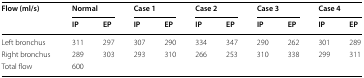
<table><thead><tr><td rowspan="2"><b>Flow (ml/s)</b></td><td colspan="2"><b>Normal</b></td><td colspan="2"><b>Case 1</b></td><td colspan="2"><b>Case 2</b></td><td colspan="2"><b>Case 3</b></td><td colspan="2"><b>Case 4</b></td></tr><tr><td><b>IP</b></td><td><b>EP</b></td><td><b>IP</b></td><td><b>EP</b></td><td><b>IP</b></td><td><b>EP</b></td><td><b>IP</b></td><td><b>EP</b></td><td><b>IP</b></td><td><b>EP</b></td></tr></thead><tbody><tr><td>Left bronchus</td><td>311</td><td>297</td><td>307</td><td>290</td><td>334</td><td>347</td><td>290</td><td>262</td><td>301</td><td>289</td></tr><tr><td>Right bronchus</td><td>289</td><td>303</td><td>293</td><td>310</td><td>266</td><td>253</td><td>310</td><td>338</td><td>299</td><td>311</td></tr><tr><td>Total flow</td><td colspan="10">600</td></tr></tbody></table>